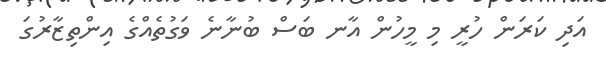
އަދި ކަރަން ހުރީ މި މީހުން އާނ ބަސް ބުނާނެ ވަގުތެއްގެ އިންތިޒާރުގަ